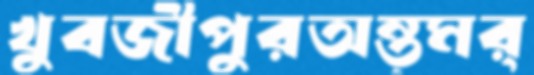
খুবজীপুরঅন্ত্মর্